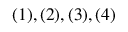
( 1 ) , ( 2 ) , ( 3 ) , ( 4 )